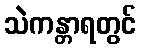
သဲကန္တာရတွင်